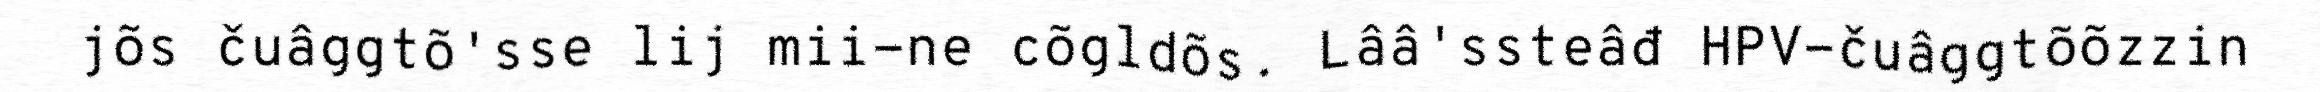
jõs čuâggtõ'sse lij mii-ne cõgldõs. Lââ'ssteâđ HPV-čuâggtõõzzin